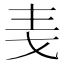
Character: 𪜋